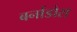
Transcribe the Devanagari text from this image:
बर्नाडोस